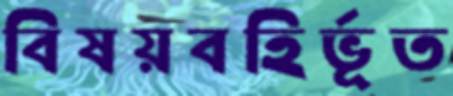
বিষয়বহির্ভূত